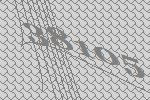
38105